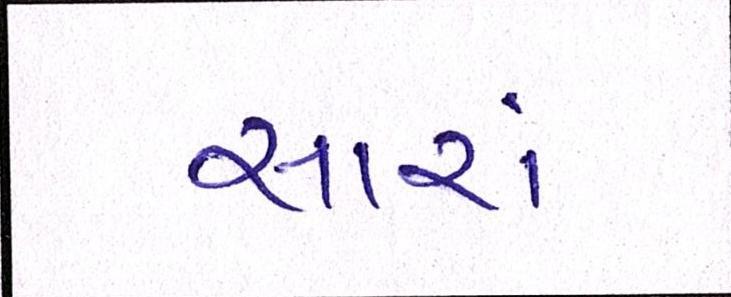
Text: સારાં